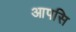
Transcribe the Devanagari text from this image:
आपसि